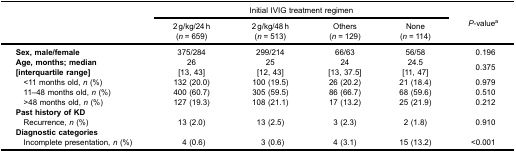
<table><thead><tr><td rowspan="3"><b> </b></td><td colspan="4"><b>Initial IVIG treatment regimen</b></td><td rowspan="3"><b><i>P</i>-value<sup>a</sup></b></td></tr><tr><td><b>2 g/kg/24 h(<i>n</i> = 659)</b></td><td><b>2 g/kg/48 h(<i>n</i> = 513)</b></td><td><b>Others(<i>n</i> = 129)</b></td><td><b>None(<i>n</i> = 114)</b></td></tr></thead><tbody><tr><td><b>Sex, male/female</b></td><td>375/284</td><td>299/214</td><td>66/63</td><td>56/58</td><td>0.196</td></tr><tr><td><b>Age, months; median</b><b>[interquartile range]</b></td><td>26[13, 43]</td><td>25[12, 43]</td><td>24[13, 37.5]</td><td>24.5[11, 47]</td><td>0.375</td></tr><tr><td> &lt;11 months old, <i>n</i> (%)</td><td>132 (20.0)</td><td>100 (19.5)</td><td>26 (20.2)</td><td>21 (18.4)</td><td>0.979</td></tr><tr><td> 11–48 months old, <i>n</i> (%)</td><td>400 (60.7)</td><td>305 (59.5)</td><td>86 (66.7)</td><td>68 (59.6)</td><td>0.510</td></tr><tr><td> &gt;48 months old, <i>n</i> (%)</td><td>127 (19.3)</td><td>108 (21.1)</td><td>17 (13.2)</td><td>25 (21.9)</td><td>0.212</td></tr><tr><td colspan="6"><b>Past history of KD</b></td></tr><tr><td> Recurrence, <i>n</i> (%)</td><td>13 (2.0)</td><td>13 (2.5)</td><td>3 (2.3)</td><td>2 (1.8)</td><td>0.910</td></tr><tr><td colspan="6"><b>Diagnostic categories</b></td></tr><tr><td> Incomplete presentation, <i>n</i> (%)</td><td>4 (0.6)</td><td>3 (0.6)</td><td>4 (3.1)</td><td>15 (13.2)</td><td>&lt;0.001</td></tr></tbody></table>